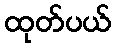
ထုတ်ပယ်